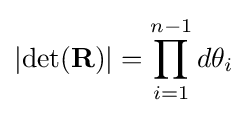
\left|\operatorname {det} (\mathbf {R} )\right|=\prod _{i=1}^{n-1}d\theta _{i}